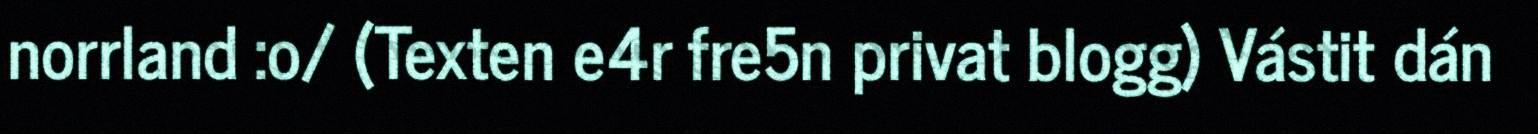
norrland :o/ (Texten e4r fre5n privat blogg) Vástit dán